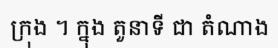
ក្រុង ។ ក្នុង តួនាទី ជា តំណាង